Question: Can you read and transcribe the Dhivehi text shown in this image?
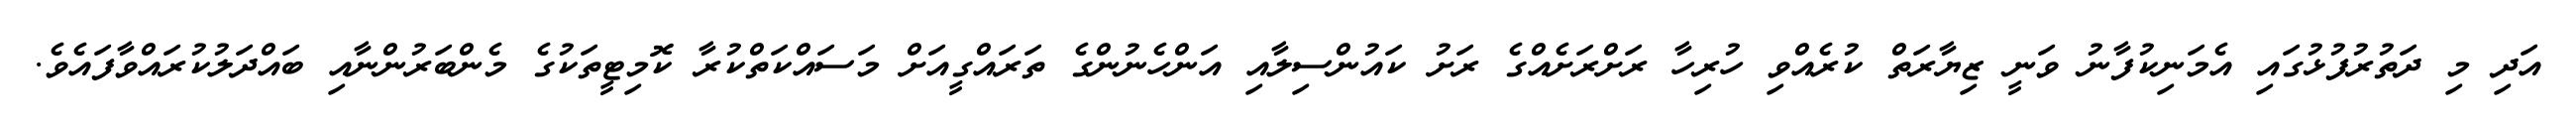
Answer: އަދި މި ދަތުރުފުޅުގައި އެމަނިކުފާނު ވަނީ ޒިޔާރަތް ކުރެއްވި ހުރިހާ ރަށްރަށެއްގެ ރަށު ކައުންސިލާއި އަންހެނުންގެ ތަރައްގީއަށް މަސައްކަތްކުރާ ކޮމިޓީތަކުގެ މެންބަރުންނާއި ބައްދަލުކުރައްވާފައެވެ.